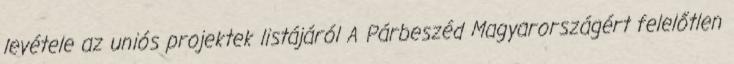
levétele az uniós projektek listájáról A Párbeszéd Magyarországért felelőtlen